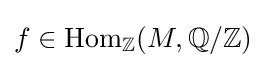
f\in \operatorname {Hom} _{\mathbb {Z} }(M,\mathbb {Q} /\mathbb {Z} )